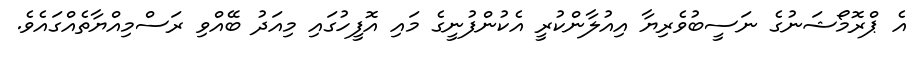
އެ ޕްރޮމޯޝަނުގެ ނަސީބުވެރިޔާ އިއުލާންކުރީ އެކުންފުނީގެ މައި އޮފީހުގައި މިއަދު ބޭއްވި ރަސްމިއްޔާތެއްގައެވެ.